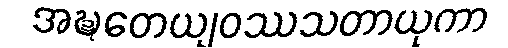
အဍ္ဎတေယျဝဿသတာယုကာ